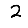
Digit: 2